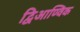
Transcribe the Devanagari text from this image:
द्विआण्विक